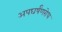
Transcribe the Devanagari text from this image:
अपघर्षंणरोध